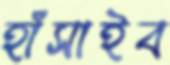
হাঁসাইব